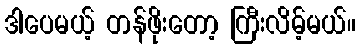
ဒါပေမယ့် တန်ဖိုးတော့ ကြီးလိမ့်မယ်။